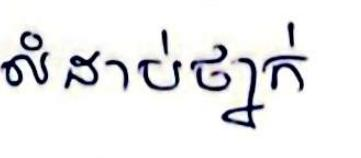
លំដាប់ថ្នាក់